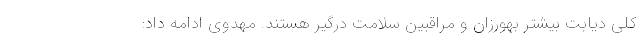
کلی دیابت بیشتر بهورزان و مراقبین سلامت درگیر هستند. مهدوی ادامه داد: